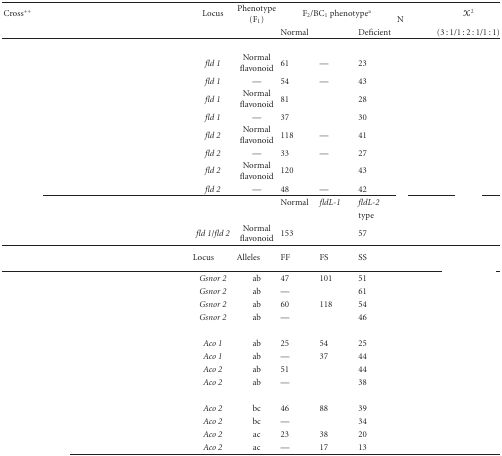
<table><thead><tr><td><b>Cross<sup>++</sup></b></td><td><b>Locus</b></td><td><b>Phenotype (F<sub>1</sub>)</b></td><td colspan="3"><b>F<sub>2</sub>/BC<sub>1</sub> phenotype<sup>a</sup></b></td><td rowspan="2"><b>N </b></td><td><b><i>X</i><sup>2</sup></b></td></tr><tr><td>[EMPTY_CELL]</td><td>[EMPTY_CELL]</td><td>[EMPTY_CELL]</td><td><b>Normal</b></td><td>[EMPTY_CELL]</td><td><b>Deficient</b></td><td><b>(3 : 1/1 : 2 : 1/1 : 1)</b></td></tr></thead><tbody><tr><td>[EMPTY_CELL]</td><td>[EMPTY_CELL]</td><td>[EMPTY_CELL]</td><td>[EMPTY_CELL]</td><td>[EMPTY_CELL]</td><td>[EMPTY_CELL]</td><td>[EMPTY_CELL]</td><td>[EMPTY_CELL]</td></tr><tr><td>[EMPTY_CELL]</td><td><i>fld 1</i></td><td>Normal flavonoid</td><td>61</td><td>—</td><td>23</td><td>[EMPTY_CELL]</td><td>[EMPTY_CELL]</td></tr><tr><td>[EMPTY_CELL]</td><td><i>fld 1</i></td><td>—</td><td>54</td><td>—</td><td>43</td><td>[EMPTY_CELL]</td><td>[EMPTY_CELL]</td></tr><tr><td>[EMPTY_CELL]</td><td><i>fld 1</i></td><td>Normal flavonoid</td><td>81</td><td>[EMPTY_CELL]</td><td>28</td><td>[EMPTY_CELL]</td><td>[EMPTY_CELL]</td></tr><tr><td>[EMPTY_CELL]</td><td><i>fld 1</i></td><td>—</td><td>37</td><td>[EMPTY_CELL]</td><td>30</td><td>[EMPTY_CELL]</td><td>[EMPTY_CELL]</td></tr><tr><td>[EMPTY_CELL]</td><td><i>fld 2</i></td><td>Normal flavonoid</td><td>118</td><td>—</td><td>41</td><td>[EMPTY_CELL]</td><td>[EMPTY_CELL]</td></tr><tr><td>[EMPTY_CELL]</td><td><i>fld 2</i></td><td>—</td><td>33</td><td>—</td><td>27</td><td>[EMPTY_CELL]</td><td>[EMPTY_CELL]</td></tr><tr><td>[EMPTY_CELL]</td><td><i>fld 2</i></td><td>Normal flavonoid</td><td>120</td><td>[EMPTY_CELL]</td><td>43</td><td>[EMPTY_CELL]</td><td>[EMPTY_CELL]</td></tr><tr><td>[EMPTY_CELL]</td><td><i>fld 2</i></td><td>—</td><td>48</td><td>—</td><td>42</td><td>[EMPTY_CELL]</td><td>[EMPTY_CELL]</td></tr><tr><td>[EMPTY_CELL]</td><td>[EMPTY_CELL]</td><td>[EMPTY_CELL]</td><td>Normal</td><td><i>fldL-1</i></td><td><i>fldL-2</i></td><td>[EMPTY_CELL]</td><td>[EMPTY_CELL]</td></tr><tr><td>[EMPTY_CELL]</td><td>[EMPTY_CELL]</td><td>[EMPTY_CELL]</td><td>[EMPTY_CELL]</td><td>[EMPTY_CELL]</td><td>type</td><td>[EMPTY_CELL]</td><td>[EMPTY_CELL]</td></tr><tr><td>[EMPTY_CELL]</td><td><i>fld 1</i>/<i>fld 2 </i></td><td>Normal flavonoid</td><td>153</td><td>[EMPTY_CELL]</td><td>57</td><td>[EMPTY_CELL]</td><td>[EMPTY_CELL]</td></tr><tr><td rowspan="2">[EMPTY_CELL]</td><td rowspan="2">Locus</td><td rowspan="2">Alleles</td><td rowspan="2">FF</td><td rowspan="2">FS</td><td rowspan="2">SS</td><td rowspan="2">[EMPTY_CELL]</td><td>[EMPTY_CELL]</td></tr><tr><td>[EMPTY_CELL]</td></tr><tr><td>[EMPTY_CELL]</td><td><i>Gsnor 2</i></td><td>ab</td><td>47</td><td>101</td><td>51</td><td>[EMPTY_CELL]</td><td>[EMPTY_CELL]</td></tr><tr><td>[EMPTY_CELL]</td><td><i>Gsnor 2</i></td><td>ab</td><td>—</td><td>[EMPTY_CELL]</td><td>61</td><td>[EMPTY_CELL]</td><td>[EMPTY_CELL]</td></tr><tr><td>[EMPTY_CELL]</td><td><i>Gsnor 2</i></td><td>ab</td><td>60</td><td>118</td><td>54</td><td>[EMPTY_CELL]</td><td>[EMPTY_CELL]</td></tr><tr><td>[EMPTY_CELL]</td><td><i>Gsnor 2</i></td><td>ab</td><td>—</td><td>[EMPTY_CELL]</td><td>46</td><td>[EMPTY_CELL]</td><td>[EMPTY_CELL]</td></tr><tr><td>[EMPTY_CELL]</td><td>[EMPTY_CELL]</td><td>[EMPTY_CELL]</td><td>[EMPTY_CELL]</td><td>[EMPTY_CELL]</td><td>[EMPTY_CELL]</td><td>[EMPTY_CELL]</td><td>[EMPTY_CELL]</td></tr><tr><td>[EMPTY_CELL]</td><td><i>Aco 1</i></td><td>ab</td><td>25</td><td>54</td><td>25</td><td>[EMPTY_CELL]</td><td>[EMPTY_CELL]</td></tr><tr><td>[EMPTY_CELL]</td><td><i>Aco 1</i></td><td>ab</td><td>—</td><td>37</td><td>44</td><td>[EMPTY_CELL]</td><td>[EMPTY_CELL]</td></tr><tr><td>[EMPTY_CELL]</td><td><i>Aco 2</i></td><td>ab</td><td>51</td><td>[EMPTY_CELL]</td><td>44</td><td>[EMPTY_CELL]</td><td>[EMPTY_CELL]</td></tr><tr><td>[EMPTY_CELL]</td><td><i>Aco 2</i></td><td>ab</td><td>—</td><td>[EMPTY_CELL]</td><td>38</td><td>[EMPTY_CELL]</td><td>[EMPTY_CELL]</td></tr><tr><td>[EMPTY_CELL]</td><td>[EMPTY_CELL]</td><td>[EMPTY_CELL]</td><td>[EMPTY_CELL]</td><td>[EMPTY_CELL]</td><td>[EMPTY_CELL]</td><td>[EMPTY_CELL]</td><td>[EMPTY_CELL]</td></tr><tr><td>[EMPTY_CELL]</td><td><i>Aco 2</i></td><td>bc</td><td>46</td><td>88</td><td>39</td><td>[EMPTY_CELL]</td><td>[EMPTY_CELL]</td></tr><tr><td>[EMPTY_CELL]</td><td><i>Aco 2</i></td><td>bc</td><td>—</td><td>[EMPTY_CELL]</td><td>34</td><td>[EMPTY_CELL]</td><td>[EMPTY_CELL]</td></tr><tr><td>[EMPTY_CELL]</td><td><i>Aco 2</i></td><td>ac</td><td>23</td><td>38</td><td>20</td><td>[EMPTY_CELL]</td><td>[EMPTY_CELL]</td></tr><tr><td>[EMPTY_CELL]</td><td><i>Aco 2</i></td><td>ac</td><td>—</td><td>17</td><td>13</td><td>[EMPTY_CELL]</td><td>[EMPTY_CELL]</td></tr></tbody></table>